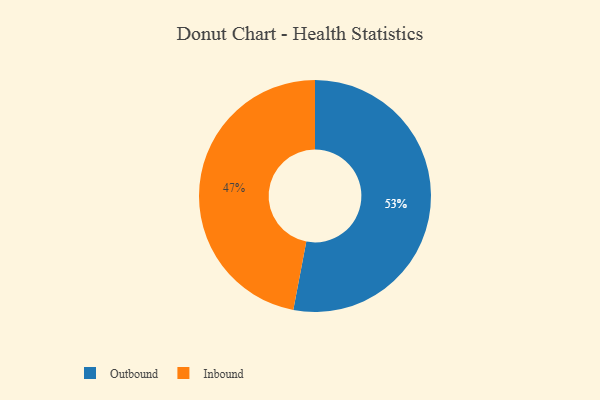
{"axis": {"x": "Category", "y": "Percentage"}, "legend": ["Inbound", "Outbound"], "data": [{"x": "Outbound", "y": 53, "type": "Outbound"}, {"x": "Inbound", "y": 47, "type": "Inbound"}]}